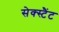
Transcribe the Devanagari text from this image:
सेक्स्टैंट